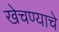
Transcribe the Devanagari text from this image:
खेचण्याचे